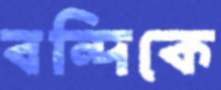
বন্দিকে